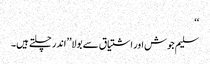
‘‘
سلیم جوش اور اشتیاق سے بولا’’اندر چلتے ہیں۔